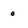
Character: 0